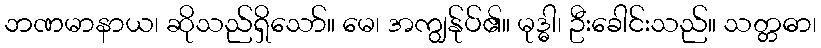
ဘဏမာနာယ၊ ဆိုသည်ရှိသော်။ မေ၊ အကျွန်ုပ်၏။ မုဒ္ဓါ၊ ဦးခေါင်းသည်။ သတ္တဓာ၊